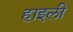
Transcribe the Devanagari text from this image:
हाइली